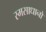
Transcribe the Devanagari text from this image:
स्मसाधानो